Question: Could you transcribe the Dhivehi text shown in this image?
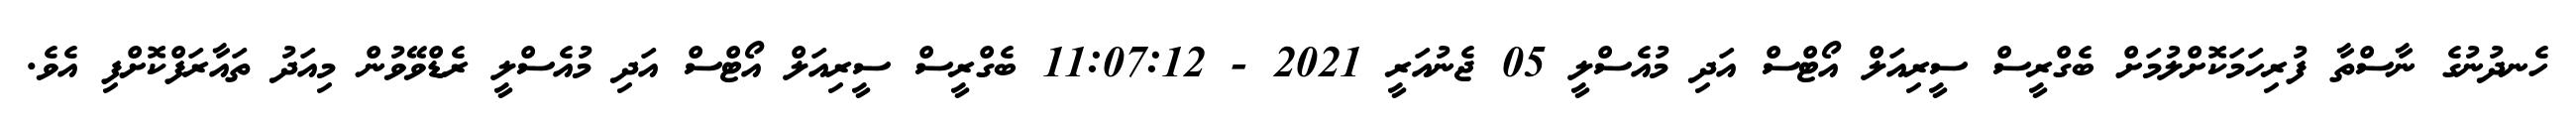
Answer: ހެނދުނުގެ ނާސްތާ ފުރިހަމަކޮށްލުމަށް ބެގްރީސް ސީރިއަލް އޯޓްސް އަދި މުއެސްލީ 05 ޖެނުއަރީ 2021 - 11:07:12 ބެގްރީސް ސީރިއަލް އޯޓްސް އަދި މުއެސްލީ ރެޑްވޭވުން މިއަދު ތައާރަފްކޮށްފި އެވެ.